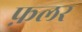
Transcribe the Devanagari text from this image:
फ़लर